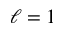
\ell = 1